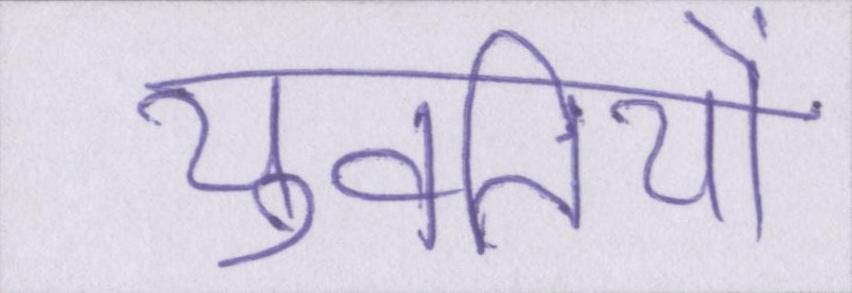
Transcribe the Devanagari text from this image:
युवतियों